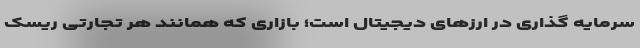
سرمایه گذاری در ارزهای دیجیتال است؛ بازاری که همانند هر تجارتی ریسک